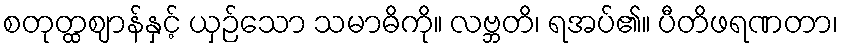
စတုတ္ထဈာန်နှင့် ယှဉ်သော သမာဓိကို။ လဗ္ဘတိ၊ ရအပ်၏။ ပီတိဖရဏတာ၊